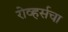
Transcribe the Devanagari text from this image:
रोव्हर्सचा